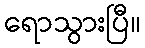
ရောသွားပြီ။